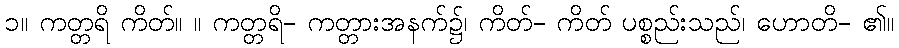
၁။ ကတ္တရိ ကိတ်။ ။ ကတ္တရိ- ကတ္တားအနက်၌၊ ကိတ်- ကိတ် ပစ္စည်းသည်၊ ဟောတိ- ၏။